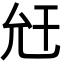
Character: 𢆋